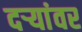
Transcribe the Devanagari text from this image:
दऱ्यांवर